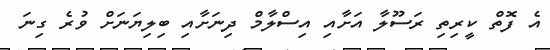
އެ ފޮތް ކީރިތި ރަސޫލާ އަށާއި އިސްލާމް ދިނަށާއި ބިލިޔަނަށް ވުރެ ގިނަ